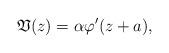
LaTeX: \begin{align*}\mathfrak{V}(z) = \alpha \varphi'(z+a),\end{align*}